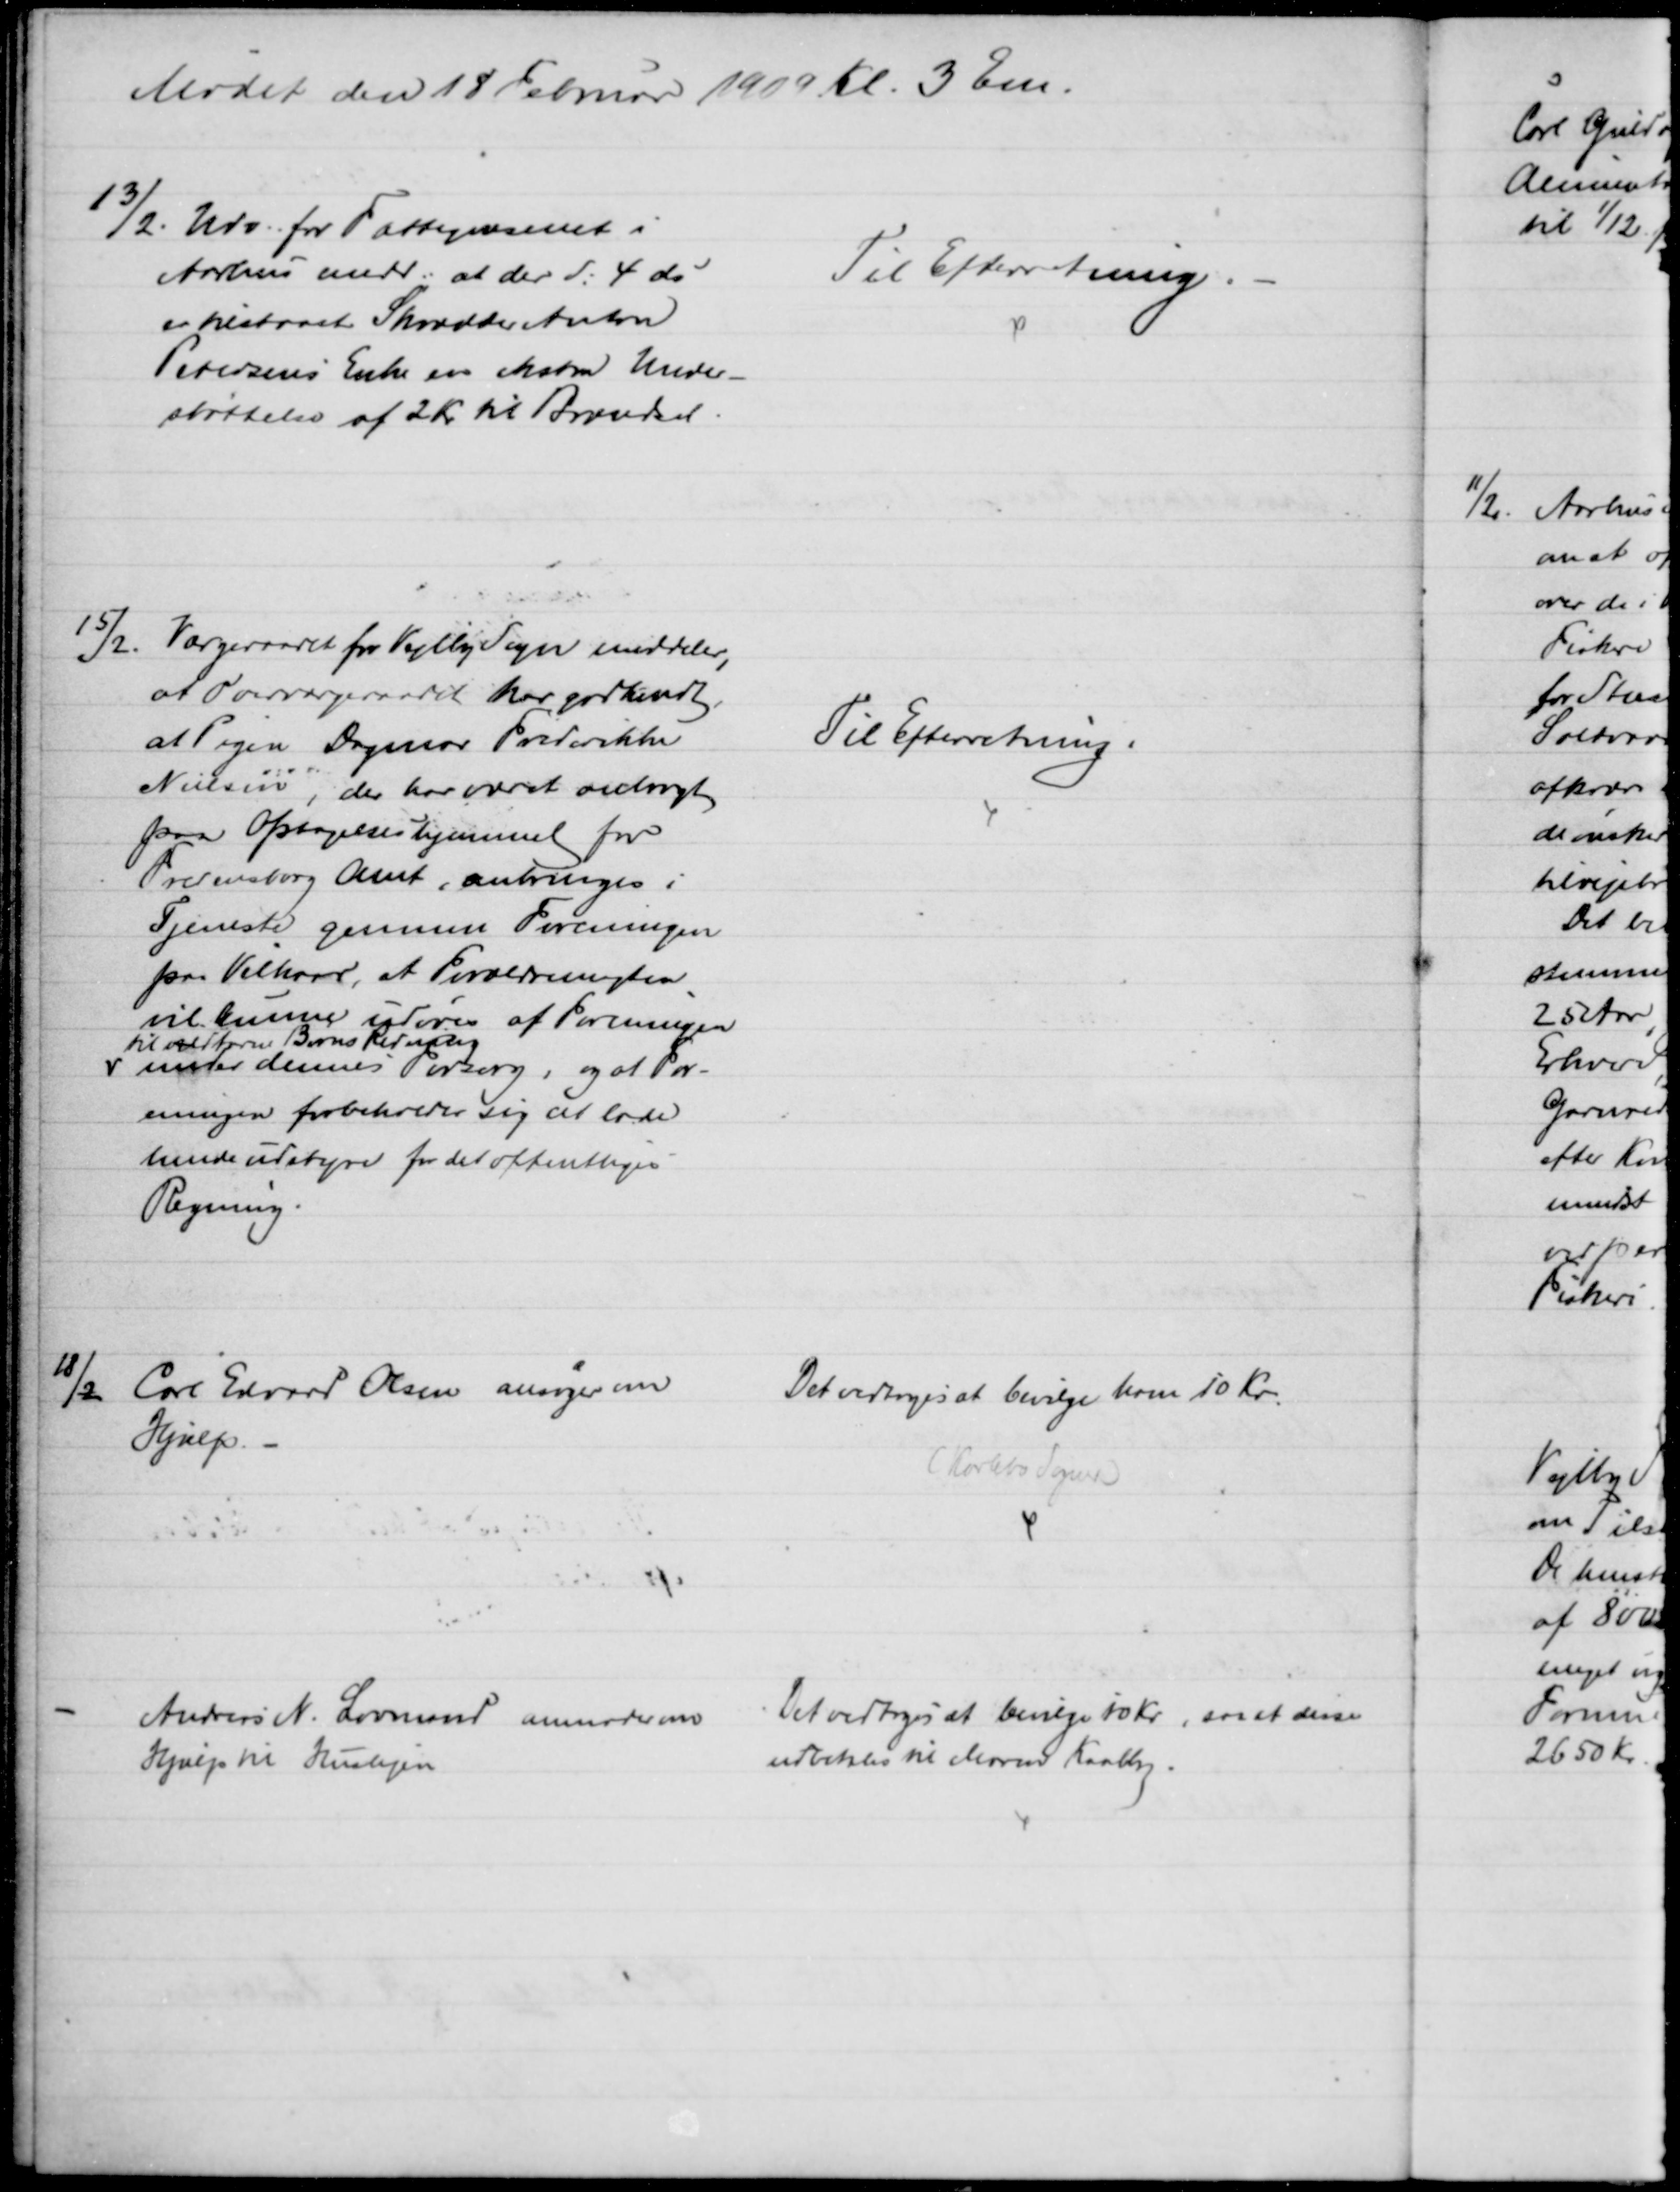
Transskription:
Mødet den 18 Februar 1909 Kl. 3 Em.
13/2.
Udv. for Fattigvæsenet i
Aarhus medd. at der d. 4 ds
er tilstaaet Skrædder Anton 
Petersens Enke en ekstra Under-
støttelse af 2 Kr til Brændsel.
Til Efterretning.
15/2. Værgeraadet for Vejlby Sogn meddeler,
at Overværgeraadet har godkendt,
at Pigen Dagmar Frederikke
Nielsen, der har været anbragt
paa Optagelseshjemmet for
Fredensborg Amt, anbringes i
Tjeneste gennem Foreningen
paa Vilkaar, at Forældremagten
vil kunne udføres af Foreningen
til vildfarne Børns Redning
under dennes Forsorg, og at For-
eningen forbeholder sig at lade
hende udstyre for det offentliges
Regning.
Til Efterretning.
18/2
Carl Edvard Olsen ansøger om
Hjælp.
Det vedtoges at bevilge ham 10 Kr.
(Karlebo Sogn)
Andreas N. Lovmand anmoder om
Hjælp til Huslejen
Det vedtoges at bevilge 10 Kr., saa at disse
udbetales til Maren Kaalby.